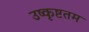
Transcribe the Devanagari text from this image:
उष्कृष्टतम